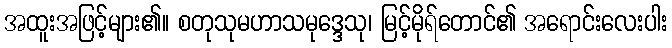
အထူးအဖြင့်များ၏။ စတုသုမဟာသမုဒ္ဒေသု၊ မြင့်မိုရ်တောင်၏ အရောင်းလေးပါး